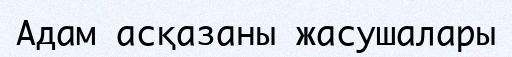
Адам асқазаны жасушалары